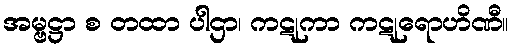
အမ္ဗဋ္ဌာ စ တထာ ပါဌာ၊ ကဋုကာ ကဋုရောဟိဏီ။